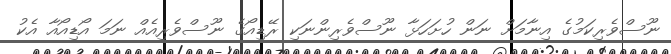
ނޫސްވެރިކަމުގެ އިނާމަށް ނަން ހުށަހަޅާ ނޫސްވެރިންނަކި ރޭޑިއޯގެ ނޫސްވެރިއެއް ނަމަ އޯޑިއޯއާ އެކު